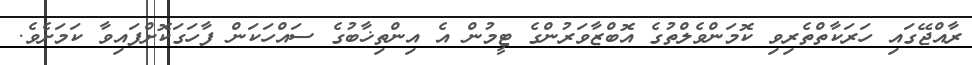
ރާއްޖޭގައި ހަރަކާތްތެރިވި ކޮމަންވެލްތުގެ އޮބްޒާވަރުންގެ ޓީމުން އެ އިންތިޚާބުގެ ސައްހަކަން ފާހަގަކޮށްފައިވާ ކަމަށެވެ.